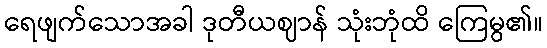
ရေဖျက်သောအခါ ဒုတီယဈာန် သုံးဘုံထိ ကြေမွ၏။